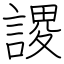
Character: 謖